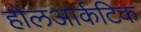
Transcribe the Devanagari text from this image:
होलआर्कटिक